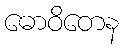
ဓောဝိတေန